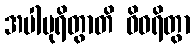
အပါပုရိတွာတိ ဝိဝရိတွာ